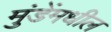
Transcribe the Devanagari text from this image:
मुंडेंमधील